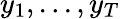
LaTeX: y_{1},...,y_{T}